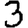
Digit: 3